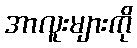
အာလူးများကို